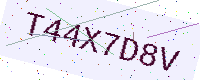
Text: T44X7D8V